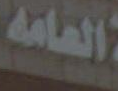
العامة